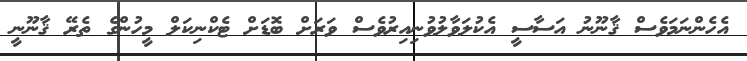
އެހެންނަމަވެސް ޤާނޫނު އަސާސީ އެކުލަވާލުވުނިއިރުވެސް ވަރަށް ބޮޑަށް ޓެކްނިކަލް މީހުންގެ ތެރޭ ޤާނޫނީ